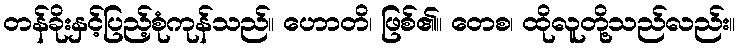
တန်ခိုးနှင့်ပြည့်စုံကုန်သည်။ ဟောတိ၊ ဖြစ်၏။ တေစ၊ ထိုလူတို့သည်လည်း။